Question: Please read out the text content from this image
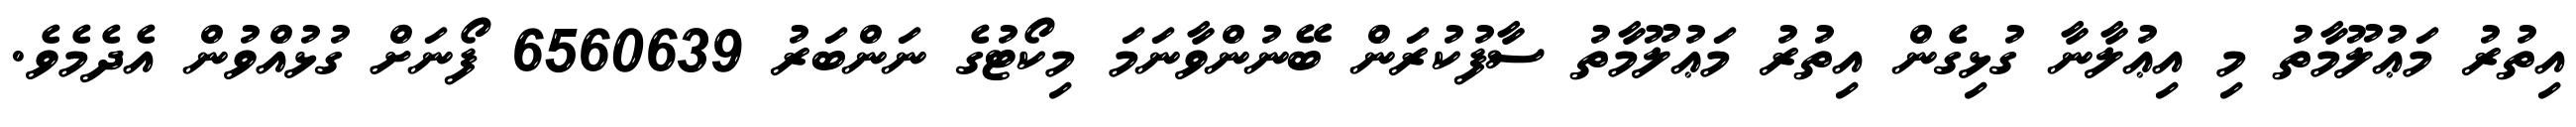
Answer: އިތުރު މަޢުލޫމާތު މި އިޢުލާނާ ގުޅިގެން އިތުރު މަޢުލޫމާތު ސާފުކުރަން ބޭނުންވާނަމަ މިކޯޓުގެ ނަންބަރު 6560639 ފޯނަށް ގުޅުއްވުން އެދެމެވެ.